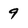
Character: 9